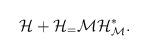
LaTeX: \begin{align*} \mathcal{H}+\mathcal{H}_=\mathcal{M}\mathcal{H}_\mathcal{M}^\ast.\end{align*}